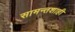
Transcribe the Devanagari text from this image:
सामन्तशाही